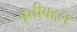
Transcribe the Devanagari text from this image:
वृत्तीबद्दल